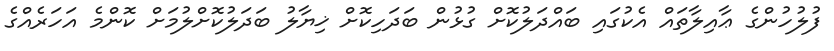
ފުލުހުންގެ ޢާއިލާތައް އެކުގައި ބައްދަލުކޮށް ގުޅުން ބަދަހިކޮށް ޚިޔާލު ބަދަލުކޮށްލުމަށް ކޮންމެ އަހަރެއްގެ